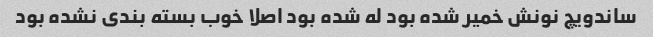
ساندویچ نونش خمیر شده بود له شده بود اصلا خوب بسته بندی نشده بود